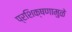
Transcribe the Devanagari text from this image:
प्रशिक्षणामुळे